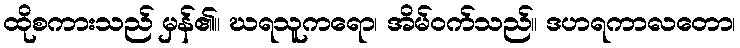
ထိုစကားသည် မှန်၏။ ဃရသူကရော၊ အိမ်ဝက်သည်။ ဒဟရကာလတော၊